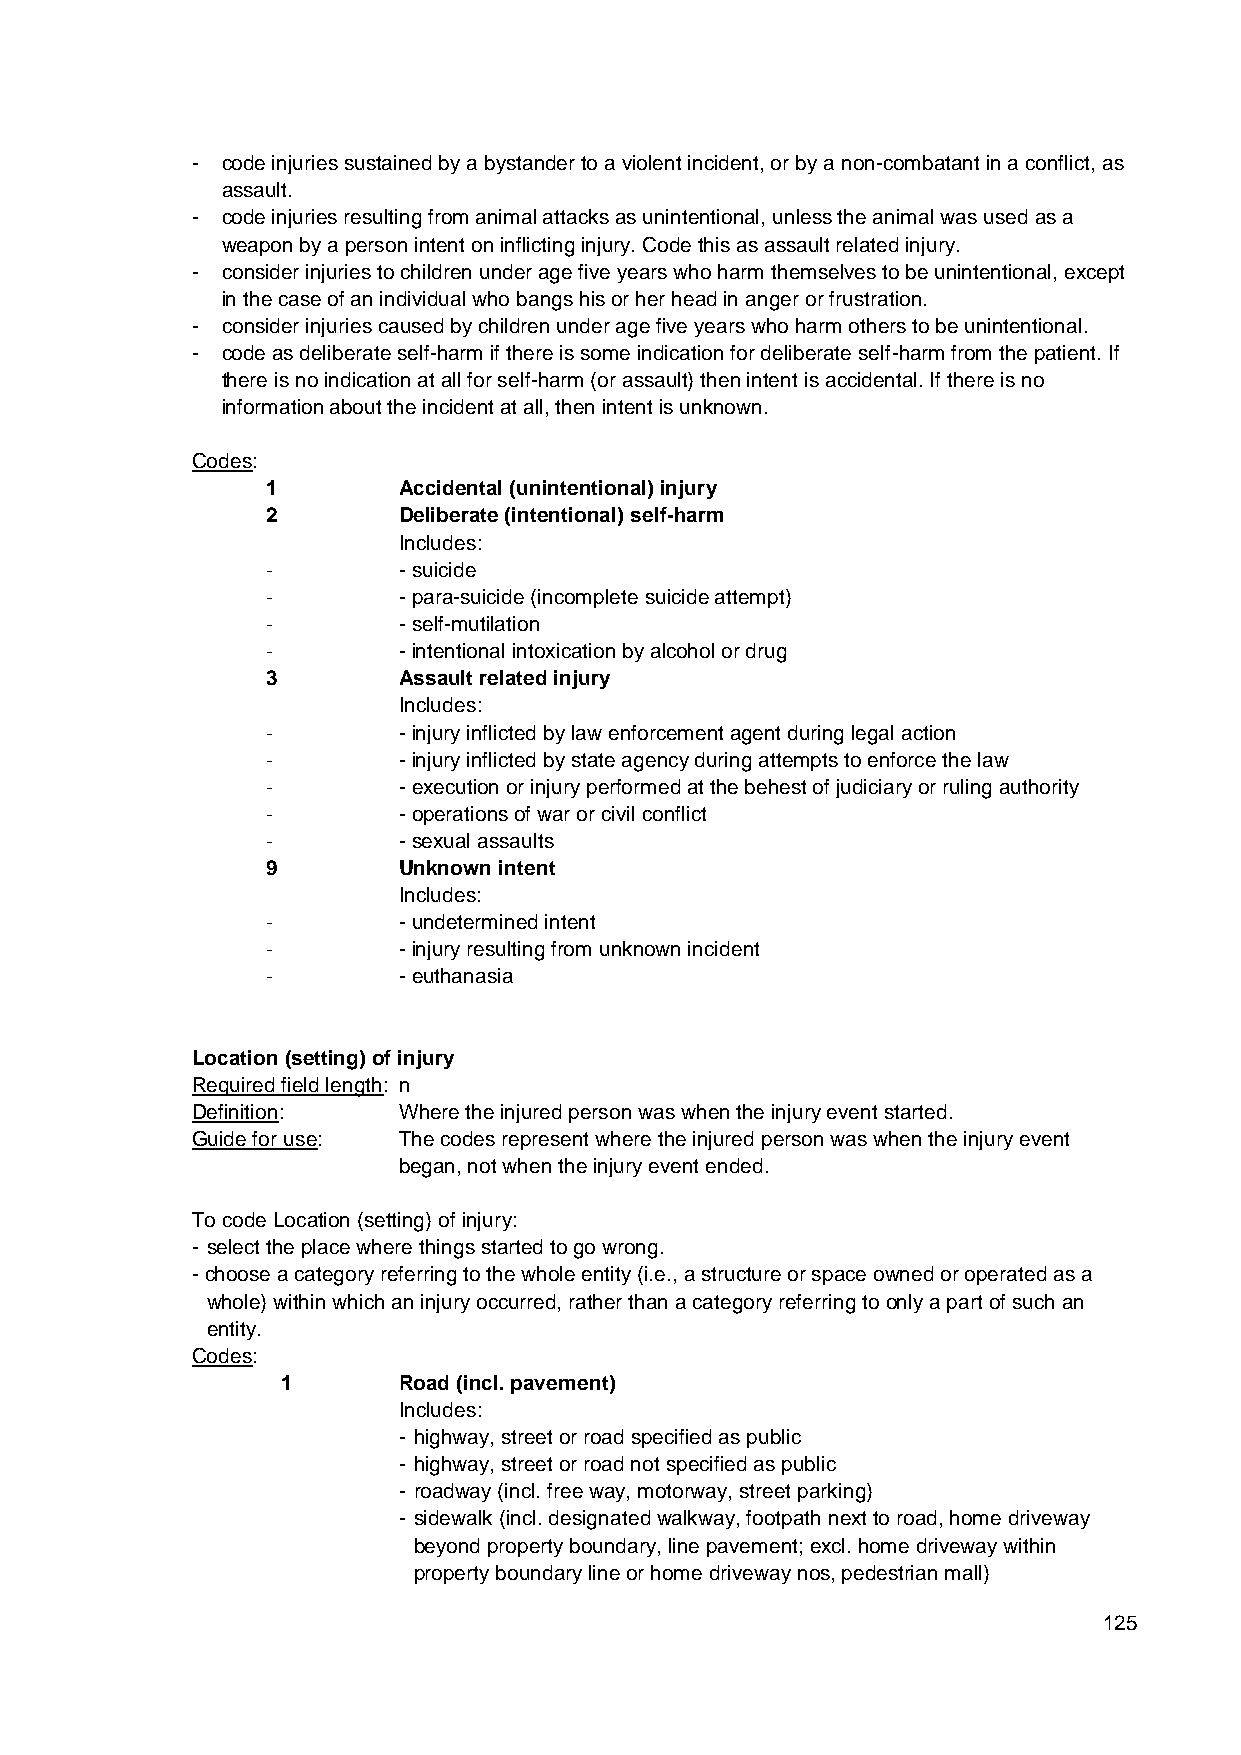
- code injuries sustained by a bystander to a violent incident, or by a non-combatant in a conflict, as
 assault.
 - code injuries resulting from animal attacks as unintentional, unless the animal was used as a
 weapon by a person intent on inflicting injury. Code this as assault related injury.
 - consider injuries to children under age five years who harm themselves to be unintentional, except
 in the case of an individual who bangs his or her head in anger or frustration.
 - consider injuries caused by children under age five years who harm others to be unintentional.
 - code as deliberate self-harm if there is some indication for deliberate self-harm from the patient. If
 there is no indication at all for self-harm (or assault) then intent is accidental. If there is no
 information about the incident at all, then intent is unknown.
 Codes:
 1       Accidental (unintentional) injury
 2       Deliberate (intentional) self-harm
 Includes:
 -       - suicide
 -       - para-suicide (incomplete suicide attempt)
 -       - self-mutilation
 -       - intentional intoxication by alcohol or drug
 3       Assault related injury
 Includes:
 -       - injury inflicted by law enforcement agent during legal action
 -       - injury inflicted by state agency during attempts to enforce the law
 -       - execution or injury performed at the behest of judiciary or ruling authority
 -       - operations of war or civil conflict
 -       - sexual assaults
 9       Unknown intent
 Includes:
 -       - undetermined intent
 -       - injury resulting from unknown incident
 -       - euthanasia
 Location (setting) of injury
 Required field length: n
 Definition:  Where the injured person was when the injury event started.
 Guide for use: The codes represent where the injured person was when the injury event
 began, not when the injury event ended.
 To code Location (setting) of injury:
 - select the place where things started to go wrong.
 - choose a category referring to the whole entity (i.e., a structure or space owned or operated as a
 whole) within which an injury occurred, rather than a category referring to only a part of such an
 entity.
 Codes:
 1      Road (incl. pavement)
 Includes:
 - highway, street or road specified as public
 - highway, street or road not specified as public
 - roadway (incl. free way, motorway, street parking)
 - sidewalk (incl. designated walkway, footpath next to road, home driveway
 beyond property boundary, line pavement; excl. home driveway within
 property boundary line or home driveway nos, pedestrian mall)
 125